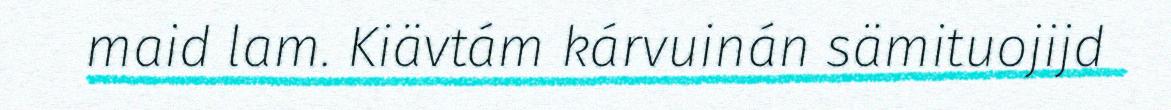
maid lam. Kiävtám kárvuinán sämituojijd